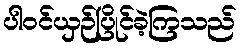
ပါဝင်ယှဉ်ပြိုင်ခဲ့ကြသည်